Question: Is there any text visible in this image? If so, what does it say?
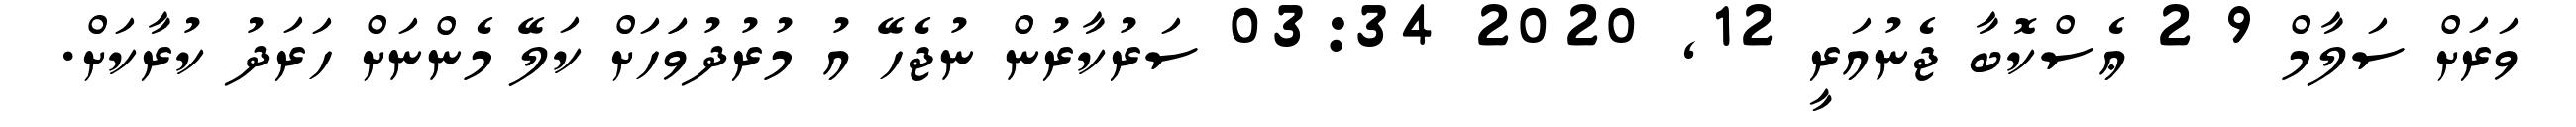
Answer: ވަރަށް ސަލާމް 9 2 ޢެސްކޮބާ ޖެނުއަރީ 12, 2020 03:34 ސަރުކާރުން ނުޖެހޭ އު މުރުދުވަަހަށް ކަލޭ މެންނަށް ހަރަދު ކުރާކަށް.